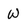
Character: w